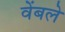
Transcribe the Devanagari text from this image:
वेंबले